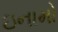
ઇનામો